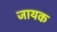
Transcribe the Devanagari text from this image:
जायक